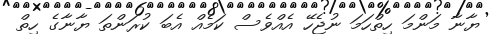
ޔާނާ މަންމަ ހިތްހަމަ ނުޖެހޭ އެއްވެސް ކަމެއް އެބަ ކުރަންތަ ޔާނާގެ ހިތް